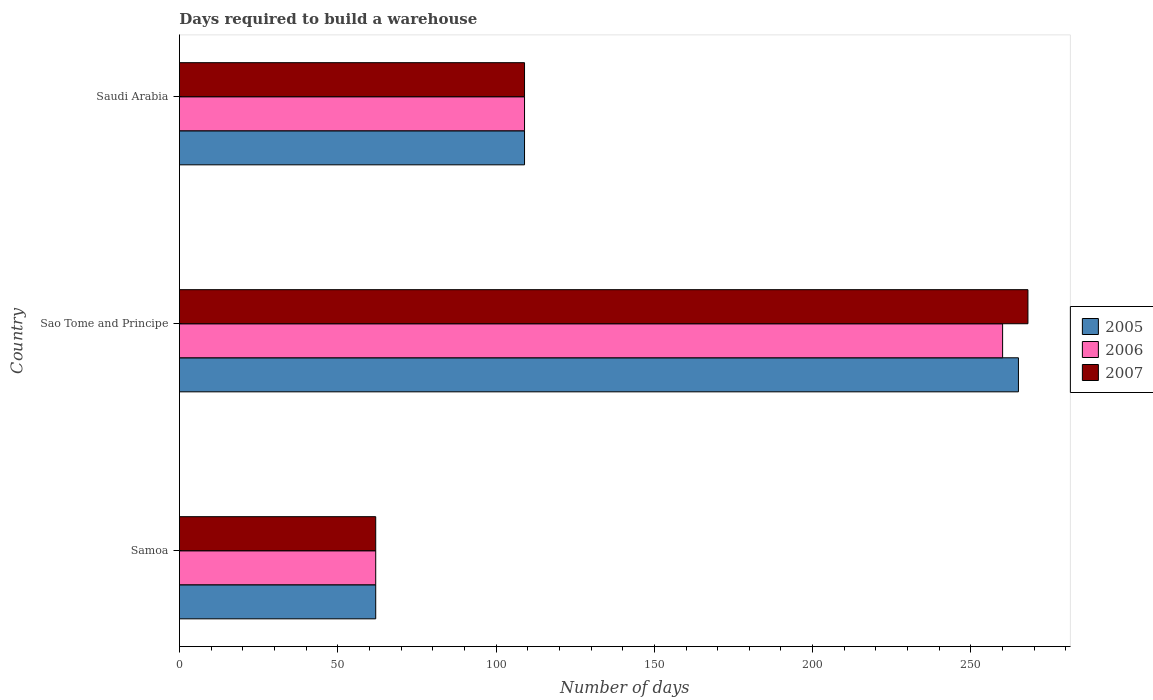
| Country | 2005 | 2006 | 2007 |
 | --- | --- | --- | --- |
 | Samoa | 62 | 62 | 62 |
 | Sao Tome and Principe | 265 | 260 | 268 |
 | Saudi Arabia | 109 | 109 | 109 |